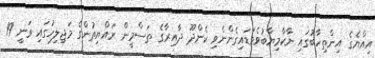
އިއްޔެގެ އިންތިހާބުގައި ނާކާމިޔާބުވެވަޑައިގެންނެވި ކެންދޫ ދާއިރާގެ ތަސްމީން ރައްޔިތުންގެ މަޖިލިހުގައި ވަނީ 19